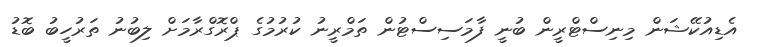
އެޑިއުކޭޝަން މިނިސްޓްރީން ބުނީ ފާމަސިސްޓުން ތަމްރީނު ކުރުމުގެ ޕްރޮގްރާމަށް ލިބުނު ތަރުހީބު ބޮޑު